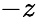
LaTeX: {\displaystyle-z}